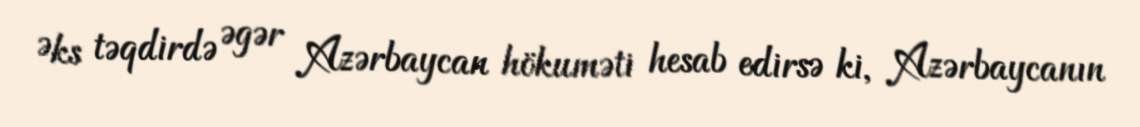
Əks təqdirdə əgər Azərbaycan hökuməti hesab edirsə ki, Azərbaycanın